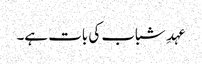
عہدِ شباب کی بات ہے۔